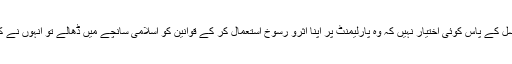
مولانا شیرانی سے اسفسار کیا گیا کہ کیا کونسل کے پاس کوئی اختیار نہیں کہ وہ پارلیمنٹ پر اپنا اثرو رسوخ استعمال کر کے قوانین کو اسلامی سانچے میں ڈھالے تو انہوں نے کہا کہ کوسنل کے پاس ایسا کوئی اختیار نہیں۔